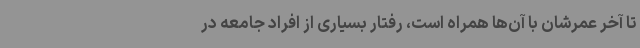
تا آخر عمرشان با آن‌ها همراه است، رفتار بسیاری از افراد جامعه در